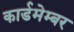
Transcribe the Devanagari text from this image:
कार्डमेम्बर